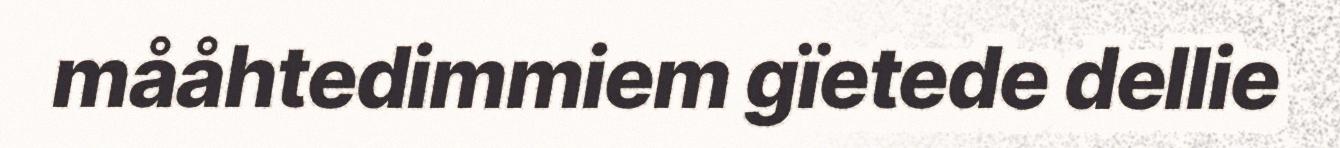
mååhtedimmiem gïetede dellie